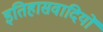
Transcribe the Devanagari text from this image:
इतिहासवादियों